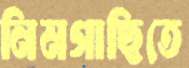
নিমগাছিতে